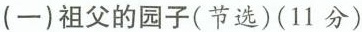
(一)祖父的园子(节选)(11分)